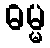
ဓမ္မ